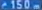
150m